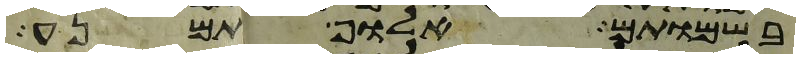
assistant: בשמותם אלוף תמנע